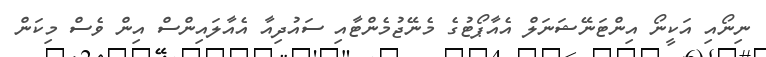
ނިނޯއި އަކީނޯ އިންޓަނޭޝަނަލް އެއާޕޯޓުގެ މެނޭޖުމެންޓާއި ސައުދިއާ އެއާލައިންސް އިން ވެސް މިކަން